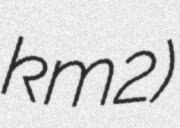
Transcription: km2)